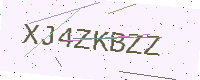
Text: XJ4ZKBZZ